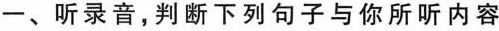
一、听录音,判断下列句子与你所听内容